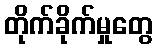
တိုက်ခိုက်မှုတွေ